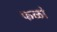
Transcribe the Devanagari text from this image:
फळां